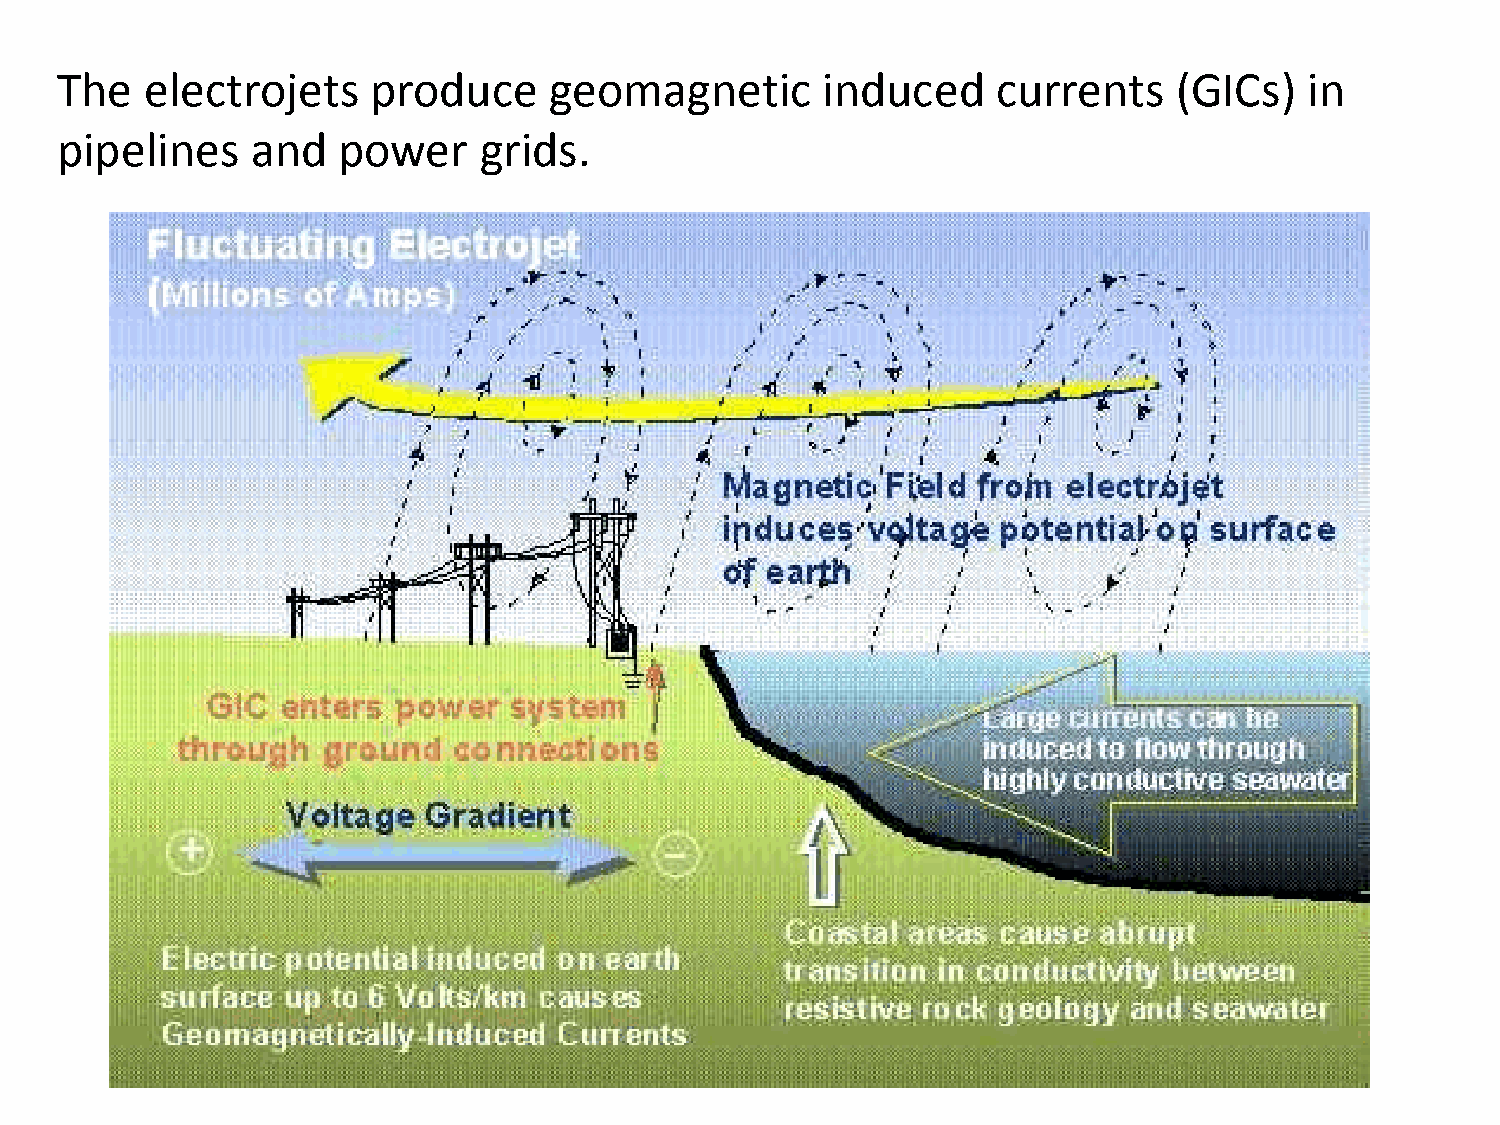
The   electrojets   produce     geomagnetic       induced     currents    (GICs)   in
 pipelines    and  power     grids.